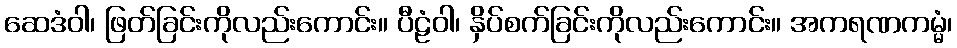
ဆေဒံဝါ၊ ဖြတ်ခြင်းကိုလည်းကောင်း။ ပီဠံဝါ၊ နှိပ်စက်ခြင်းကိုလည်းကောင်း။ အကရဏကမ္မံ၊